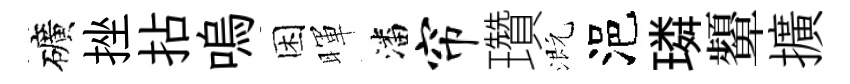
礦挫拈嗚困暉潘帘瓚溉浥璘顰擴